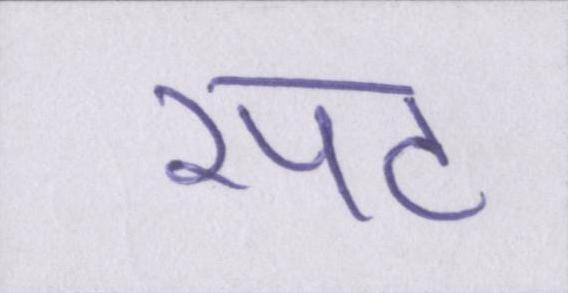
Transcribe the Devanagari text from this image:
रपट